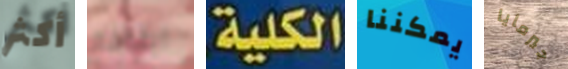
أكثر ايقافه الكلية يمكننا جيرمايا